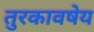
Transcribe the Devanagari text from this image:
तुरकावषेय